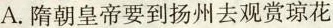
A.隋朝皇帝要到扬州去观赏琼花